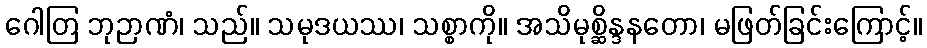
ဂေါတြ ဘုဉာဏံ၊ သည်။ သမုဒယဿ၊ သစ္စာကို။ အသိမုစ္ဆိန္ဒနတော၊ မဖြတ်ခြင်းကြောင့်။